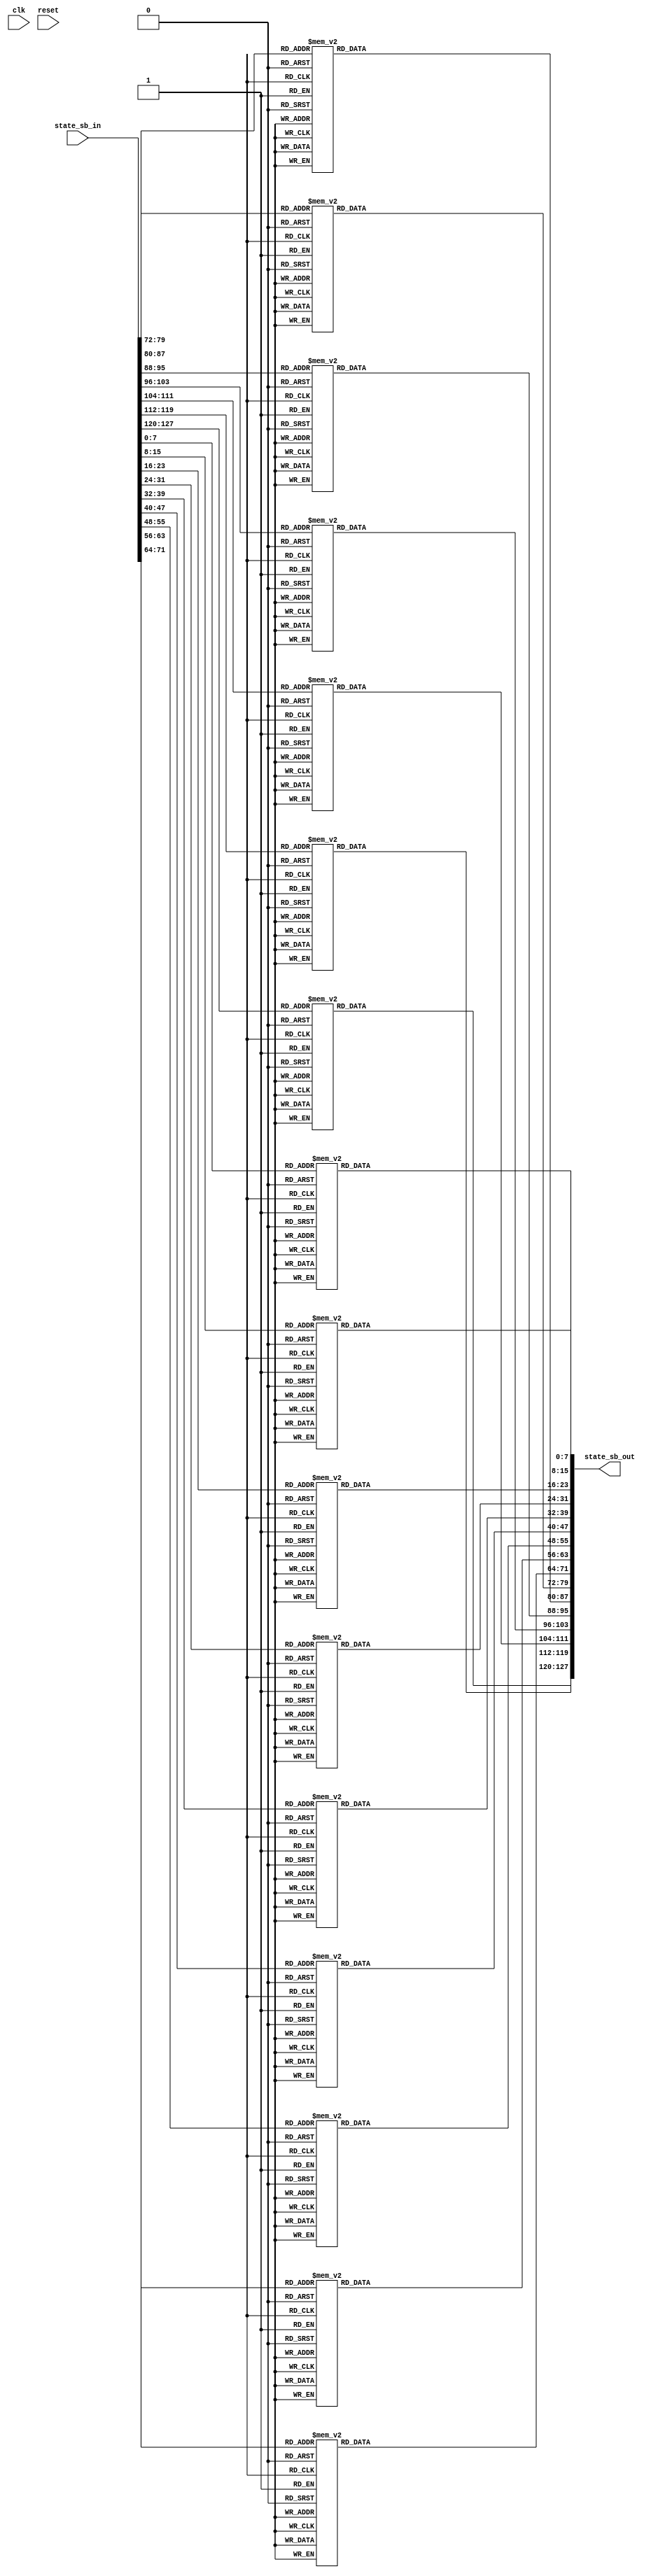
`timescale 1ns / 1ps


module sub_bytes(
    input wire clk,
    input wire reset,    
    input wire [127:0] state_sb_in,
    output wire [127:0] state_sb_out
	);
	
	reg [127:0] state_sb_out_reg; 
	reg [127:0] state_sb_out_next;
	
//	always @(posedge clk)
//    begin
//        state_sb_out_reg <= state_sb_out_next;
//    end
	
	always @*
    begin
    	//Combinational logic
        //Sub Bytes (S-Box)
        state_sb_out_next = state_sb_in;
        
        state_sb_out_next[7:0] = sbox(state_sb_out_next[7:0]);      //0
        state_sb_out_next[15:8] = sbox(state_sb_out_next[15:8]);    //1
        state_sb_out_next[23:16] = sbox(state_sb_out_next[23:16]);  //2
        state_sb_out_next[31:24] = sbox(state_sb_out_next[31:24]);  //3
        state_sb_out_next[39:32] = sbox(state_sb_out_next[39:32]);  //4
        state_sb_out_next[47:40] = sbox(state_sb_out_next[47:40]);  //5
        state_sb_out_next[55:48] = sbox(state_sb_out_next[55:48]);  //6
        state_sb_out_next[63:56] = sbox(state_sb_out_next[63:56]);  //7
        state_sb_out_next[71:64] = sbox(state_sb_out_next[71:64]);  //8
        state_sb_out_next[79:72] = sbox(state_sb_out_next[79:72]);  //9
        state_sb_out_next[87:80] = sbox(state_sb_out_next[87:80]);  //10
        state_sb_out_next[95:88] = sbox(state_sb_out_next[95:88]);  //11
        state_sb_out_next[103:96] = sbox(state_sb_out_next[103:96]);    //12
        state_sb_out_next[111:104] = sbox(state_sb_out_next[111:104]);  //13
        state_sb_out_next[119:112] = sbox(state_sb_out_next[119:112]);  //14
        state_sb_out_next[127:120] = sbox(state_sb_out_next[127:120]);  //15
	end
    
    assign state_sb_out = state_sb_out_next;
    
	    function [7:0] sbox;
	    input[7:0] address;
	 
	    //This function implements the "s-box", it takes in one byte
	    //and returns this corresponding substituted byte
	    begin
	      case (address)
	        8'h0 : sbox = 8'h63;
	        8'h1 : sbox = 8'h7C;
	        8'h2 : sbox = 8'h77;
	        8'h3 : sbox = 8'h7B;
	        8'h4 : sbox = 8'hF2;
	        8'h5 : sbox = 8'h6B;
	        8'h6 : sbox = 8'h6F;
	        8'h7 : sbox = 8'hC5;
	        8'h8 : sbox = 8'h30;
	        8'h9 : sbox = 8'h1;
	        8'hA : sbox = 8'h67;
	        8'hB : sbox = 8'h2B;
	        8'hC : sbox = 8'hFE;
	        8'hD : sbox = 8'hD7;
	        8'hE : sbox = 8'hAB;
	        8'hF : sbox = 8'h76;
	        8'h10 : sbox = 8'hCA;
	        8'h11 : sbox = 8'h82;
	        8'h12 : sbox = 8'hC9;
	        8'h13 : sbox = 8'h7D;
	        8'h14 : sbox = 8'hFA;
	        8'h15 : sbox = 8'h59;
	        8'h16 : sbox = 8'h47;
	        8'h17 : sbox = 8'hF0;
	        8'h18 : sbox = 8'hAD;
	        8'h19 : sbox = 8'hD4;
	        8'h1A : sbox = 8'hA2;
	        8'h1B : sbox = 8'hAF;
	        8'h1C : sbox = 8'h9C;
	        8'h1D : sbox = 8'hA4;
	        8'h1E : sbox = 8'h72;
	        8'h1F : sbox = 8'hC0;
	        8'h20 : sbox = 8'hB7;
	        8'h21 : sbox = 8'hFD;
	        8'h22 : sbox = 8'h93;
	        8'h23 : sbox = 8'h26;
	        8'h24 : sbox = 8'h36;
	        8'h25 : sbox = 8'h3F;
	        8'h26 : sbox = 8'hF7;
	        8'h27 : sbox = 8'hCC;
	        8'h28 : sbox = 8'h34;
	        8'h29 : sbox = 8'hA5;
	        8'h2A : sbox = 8'hE5;
	        8'h2B : sbox = 8'hF1;
	        8'h2C : sbox = 8'h71;
	        8'h2D : sbox = 8'hD8;
	        8'h2E : sbox = 8'h31;
	        8'h2F : sbox = 8'h15;
	        8'h30 : sbox = 8'h4;
	        8'h31 : sbox = 8'hC7;
	        8'h32 : sbox = 8'h23;
	        8'h33 : sbox = 8'hC3;
	        8'h34 : sbox = 8'h18;
	        8'h35 : sbox = 8'h96;
	        8'h36 : sbox = 8'h5;
	        8'h37 : sbox = 8'h9A;
	        8'h38 : sbox = 8'h7;
	        8'h39 : sbox = 8'h12;
	        8'h3A : sbox = 8'h80;
	        8'h3B : sbox = 8'hE2;
	        8'h3C : sbox = 8'hEB;
	        8'h3D : sbox = 8'h27;
	        8'h3E : sbox = 8'hB2;
	        8'h3F : sbox = 8'h75;
	        8'h40 : sbox = 8'h9;
	        8'h41 : sbox = 8'h83;
	        8'h42 : sbox = 8'h2C;
	        8'h43 : sbox = 8'h1A;
	        8'h44 : sbox = 8'h1B;
	        8'h45 : sbox = 8'h6E;
	        8'h46 : sbox = 8'h5A;
	        8'h47 : sbox = 8'hA0;
	        8'h48 : sbox = 8'h52;
	        8'h49 : sbox = 8'h3B;
	        8'h4A : sbox = 8'hD6;
	        8'h4B : sbox = 8'hB3;
	        8'h4C : sbox = 8'h29;
	        8'h4D : sbox = 8'hE3;
	        8'h4E : sbox = 8'h2F;
	        8'h4F : sbox = 8'h84;
	        8'h50 : sbox = 8'h53;
	        8'h51 : sbox = 8'hD1;
	        8'h52 : sbox = 8'h0;
	        8'h53 : sbox = 8'hED;
	        8'h54 : sbox = 8'h20;
	        8'h55 : sbox = 8'hFC;
	        8'h56 : sbox = 8'hB1;
	        8'h57 : sbox = 8'h5B;
	        8'h58 : sbox = 8'h6A;
	        8'h59 : sbox = 8'hCB;
	        8'h5A : sbox = 8'hBE;
	        8'h5B : sbox = 8'h39;
	        8'h5C : sbox = 8'h4A;
	        8'h5D : sbox = 8'h4C;
	        8'h5E : sbox = 8'h58;
	        8'h5F : sbox = 8'hCF;
	        8'h60 : sbox = 8'hD0;
	        8'h61 : sbox = 8'hEF;
	        8'h62 : sbox = 8'hAA;
	        8'h63 : sbox = 8'hFB;
	        8'h64 : sbox = 8'h43;
	        8'h65 : sbox = 8'h4D;
	        8'h66 : sbox = 8'h33;
	        8'h67 : sbox = 8'h85;
	        8'h68 : sbox = 8'h45;
	        8'h69 : sbox = 8'hF9;
	        8'h6A : sbox = 8'h2;
	        8'h6B : sbox = 8'h7F;
	        8'h6C : sbox = 8'h50;
	        8'h6D : sbox = 8'h3C;
	        8'h6E : sbox = 8'h9F;
	        8'h6F : sbox = 8'hA8;
	        8'h70 : sbox = 8'h51;
	        8'h71 : sbox = 8'hA3;
	        8'h72 : sbox = 8'h40;
	        8'h73 : sbox = 8'h8F;
	        8'h74 : sbox = 8'h92;
	        8'h75 : sbox = 8'h9D;
	        8'h76 : sbox = 8'h38;
	        8'h77 : sbox = 8'hF5;
	        8'h78 : sbox = 8'hBC;
	        8'h79 : sbox = 8'hB6;
	        8'h7A : sbox = 8'hDA;
	        8'h7B : sbox = 8'h21;
	        8'h7C : sbox = 8'h10;
	        8'h7D : sbox = 8'hFF;
	        8'h7E : sbox = 8'hF3;
	        8'h7F : sbox = 8'hD2;
	        8'h80 : sbox = 8'hCD;
	        8'h81 : sbox = 8'hC;
	        8'h82 : sbox = 8'h13;
	        8'h83 : sbox = 8'hEC;
	        8'h84 : sbox = 8'h5F;
	        8'h85 : sbox = 8'h97;
	        8'h86 : sbox = 8'h44;
	        8'h87 : sbox = 8'h17;
	        8'h88 : sbox = 8'hC4;
	        8'h89 : sbox = 8'hA7;
	        8'h8A : sbox = 8'h7E;
	        8'h8B : sbox = 8'h3D;
	        8'h8C : sbox = 8'h64;
	        8'h8D : sbox = 8'h5D;
	        8'h8E : sbox = 8'h19;
	        8'h8F : sbox = 8'h73;
	        8'h90 : sbox = 8'h60;
	        8'h91 : sbox = 8'h81;
	        8'h92 : sbox = 8'h4F;
	        8'h93 : sbox = 8'hDC;
	        8'h94 : sbox = 8'h22;
	        8'h95 : sbox = 8'h2A;
	        8'h96 : sbox = 8'h90;
	        8'h97 : sbox = 8'h88;
	        8'h98 : sbox = 8'h46;
	        8'h99 : sbox = 8'hEE;
	        8'h9A : sbox = 8'hB8;
	        8'h9B : sbox = 8'h14;
	        8'h9C : sbox = 8'hDE;
	        8'h9D : sbox = 8'h5E;
	        8'h9E : sbox = 8'hB;
	        8'h9F : sbox = 8'hDB;
	        8'hA0 : sbox = 8'hE0;
	        8'hA1 : sbox = 8'h32;
	        8'hA2 : sbox = 8'h3A;
	        8'hA3 : sbox = 8'hA;
	        8'hA4 : sbox = 8'h49;
	        8'hA5 : sbox = 8'h6;
	        8'hA6 : sbox = 8'h24;
	        8'hA7 : sbox = 8'h5C;
	        8'hA8 : sbox = 8'hC2;
	        8'hA9 : sbox = 8'hD3;
	        8'hAA : sbox = 8'hAC;
	        8'hAB : sbox = 8'h62;
	        8'hAC : sbox = 8'h91;
	        8'hAD : sbox = 8'h95;
	        8'hAE : sbox = 8'hE4;
	        8'hAF : sbox = 8'h79;
	        8'hB0 : sbox = 8'hE7;
	        8'hB1 : sbox = 8'hC8;
	        8'hB2 : sbox = 8'h37;
	        8'hB3 : sbox = 8'h6D;
	        8'hB4 : sbox = 8'h8D;
	        8'hB5 : sbox = 8'hD5;
	        8'hB6 : sbox = 8'h4E;
	        8'hB7 : sbox = 8'hA9;
	        8'hB8 : sbox = 8'h6C;
	        8'hB9 : sbox = 8'h56;
	        8'hBA : sbox = 8'hF4;
	        8'hBB : sbox = 8'hEA;
	        8'hBC : sbox = 8'h65;
	        8'hBD : sbox = 8'h7A;
	        8'hBE : sbox = 8'hAE;
	        8'hBF : sbox = 8'h8;
	        8'hC0 : sbox = 8'hBA;
	        8'hC1 : sbox = 8'h78;
	        8'hC2 : sbox = 8'h25;
	        8'hC3 : sbox = 8'h2E;
	        8'hC4 : sbox = 8'h1C;
	        8'hC5 : sbox = 8'hA6;
	        8'hC6 : sbox = 8'hB4;
	        8'hC7 : sbox = 8'hC6;
	        8'hC8 : sbox = 8'hE8;
	        8'hC9 : sbox = 8'hDD;
	        8'hCA : sbox = 8'h74;
	        8'hCB : sbox = 8'h1F;
	        8'hCC : sbox = 8'h4B;
	        8'hCD : sbox = 8'hBD;
	        8'hCE : sbox = 8'h8B;
	        8'hCF : sbox = 8'h8A;
	        8'hD0 : sbox = 8'h70;
	        8'hD1 : sbox = 8'h3E;
	        8'hD2 : sbox = 8'hB5;
	        8'hD3 : sbox = 8'h66;
	        8'hD4 : sbox = 8'h48;
	        8'hD5 : sbox = 8'h3;
	        8'hD6 : sbox = 8'hF6;
	        8'hD7 : sbox = 8'hE;
	        8'hD8 : sbox = 8'h61;
	        8'hD9 : sbox = 8'h35;
	        8'hDA : sbox = 8'h57;
	        8'hDB : sbox = 8'hB9;
	        8'hDC : sbox = 8'h86;
	        8'hDD : sbox = 8'hC1;
	        8'hDE : sbox = 8'h1D;
	        8'hDF : sbox = 8'h9E;
	        8'hE0 : sbox = 8'hE1;
	        8'hE1 : sbox = 8'hF8;
	        8'hE2 : sbox = 8'h98;
	        8'hE3 : sbox = 8'h11;
	        8'hE4 : sbox = 8'h69;
	        8'hE5 : sbox = 8'hD9;
	        8'hE6 : sbox = 8'h8E;
	        8'hE7 : sbox = 8'h94;
	        8'hE8 : sbox = 8'h9B;
	        8'hE9 : sbox = 8'h1E;
	        8'hEA : sbox = 8'h87;
	        8'hEB : sbox = 8'hE9;
	        8'hEC : sbox = 8'hCE;
	        8'hED : sbox = 8'h55;
	        8'hEE : sbox = 8'h28;
	        8'hEF : sbox = 8'hDF;
	        8'hF0 : sbox = 8'h8C;
	        8'hF1 : sbox = 8'hA1;
	        8'hF2 : sbox = 8'h89;
	        8'hF3 : sbox = 8'hD;
	        8'hF4 : sbox = 8'hBF;
	        8'hF5 : sbox = 8'hE6;
	        8'hF6 : sbox = 8'h42;
	        8'hF7 : sbox = 8'h68;
	        8'hF8 : sbox = 8'h41;
	        8'hF9 : sbox = 8'h99;
	        8'hFA : sbox = 8'h2D;
	        8'hFB : sbox = 8'hF;
	        8'hFC : sbox = 8'hB0;
	        8'hFD : sbox = 8'h54;
	        8'hFE : sbox = 8'hBB;
	        8'hFF : sbox = 8'h16;
	        default : sbox = 8'h0;
	      endcase
	    end
	endfunction
    
    
endmodule